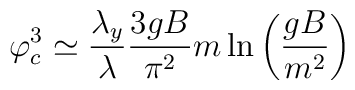
\varphi _{c}^{3}\simeq \frac{\lambda _{y}}{\lambda }\frac{3gB}{\pi ^{2}}m\ln\left( \frac{gB}{m^{2}}\right)